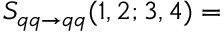
S _ { q q \rightarrow q q } ( 1 , 2 ; 3 , 4 ) =